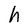
Character: h